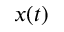
x ( t )